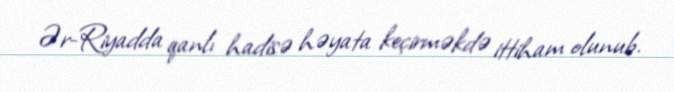
Ər-Riyadda qanlı hadisə həyata keçirməkdə ittiham olunub.